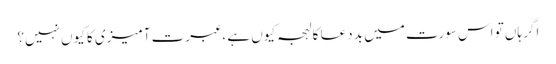
اگر ہاں تو اس سورت میں بد دعا کا لہجہ کیوں ہے ، عبرت آمیزی کا کیوں نہیں؟